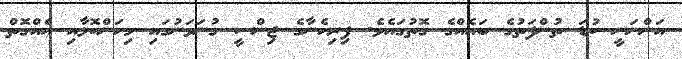
އަންނަނީ ކުޑަ ތުންފަތުގެ ބައެއްގެ ގޮތުގައެވެ. ފިރިހެނާގެ ޖިންސީ ގުނަވަނުގައި މިހަންކޮޅާއި އެއްގޮތް